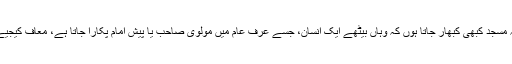
ایسے ہی دوسری مثال سن لیجیے کہ مسجد کبھی کبھار جاتا ہوں کہ وہاں بیٹھے ایک انسان، جسے عرف عام میں مولوی صاحب یا پیش امام پکارا جاتا ہے، معاف کیجیے گا ، میں کوئی صابر شخص نہیں ۔